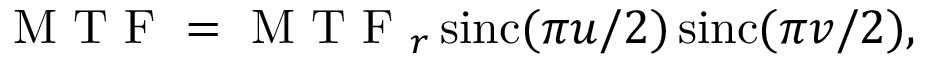
\mathrm { ~ M ~ T ~ F ~ } = \mathrm { ~ M ~ T ~ F ~ } _ { r } \operatorname { s i n c } ( \pi u / 2 ) \operatorname { s i n c } ( \pi v / 2 ) ,